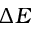
\Delta E